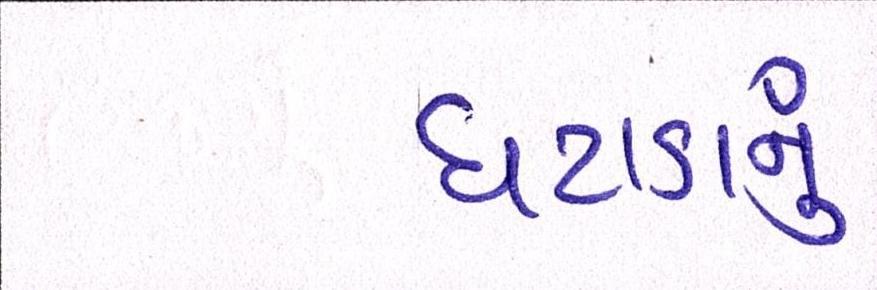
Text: ઘટાડાનું